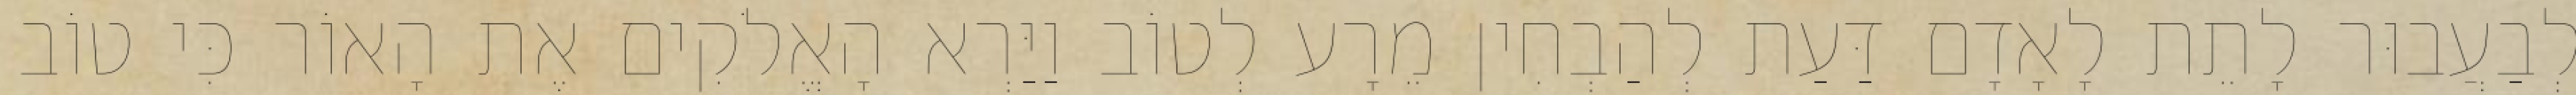
לְבַעֲבוּר לָתֵת לָאָדָם דַּעַת לְהַבְחִין מֵרָע לְטוֹב וַיַּרְא הָאֱלֹקִים אֶת הָאוֹר כִּי טוֹב